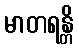
မာတရန္တိ